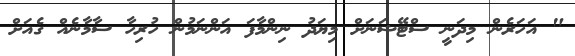
" އަހަރެން މިދަނީ ސްޓޭޝަނަށް މިޔަދު ނިންމާފަ އަންނަމުން ހުރިހާ ސާމާނެއް ގެއަށް